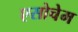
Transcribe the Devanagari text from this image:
एसोचेम